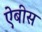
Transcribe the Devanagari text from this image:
ऐबीस